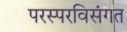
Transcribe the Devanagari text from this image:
परस्परविसंगत